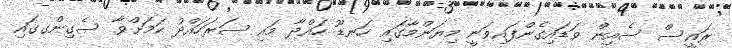
ރައީސް ސެއިން ވަޑައިގެންފައިވަނީ މިޔަންމާގައި ހަނޑޫ ހައްދާ މައި ސަރަހައްދު ކަމަށްވާ ސެގިންގގައި